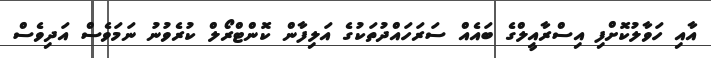
އާއި ހަވާލުކޮށްފި އިސްރާއީލްގެ ބައެއް ސަރަހައްދުތަކުގެ އަލިފާން ކޮންޓްރޯލް ކުރެވުނު ނަމަވެސް އަދިވެސް